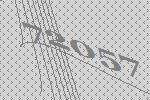
72057